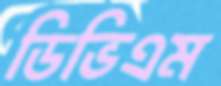
ডিভিএম